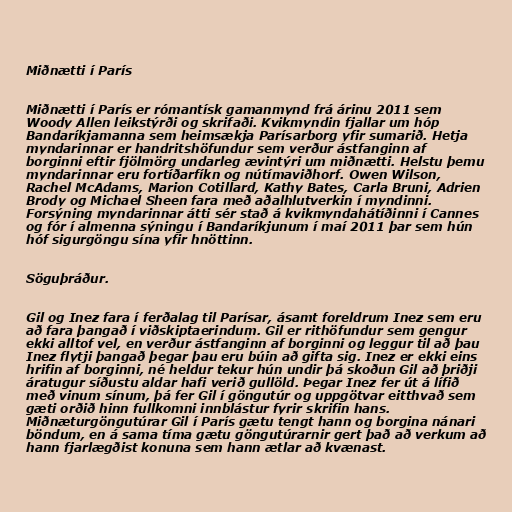
Miðnætti í París

Miðnætti í París er rómantísk gamanmynd frá árinu 2011 sem
Woody Allen leikstýrði og skrifaði. Kvikmyndin fjallar um hóp
Bandaríkjamanna sem heimsækja Parísarborg yfir sumarið. Hetja
myndarinnar er handritshöfundur sem verður ástfanginn af
borginni eftir fjölmörg undarleg ævintýri um miðnætti. Helstu þemu
myndarinnar eru fortíðarfíkn og nútímaviðhorf. Owen Wilson,
Rachel McAdams, Marion Cotillard, Kathy Bates, Carla Bruni, Adrien
Brody og Michael Sheen fara með aðalhlutverkin í myndinni.
Forsýning myndarinnar átti sér stað á kvikmyndahátíðinni í Cannes
og fór í almenna sýningu í Bandaríkjunum í maí 2011 þar sem hún
hóf sigurgöngu sína yfir hnöttinn.

Söguþráður.

Gil og Inez fara í ferðalag til Parísar, ásamt foreldrum Inez sem eru
að fara þangað í viðskiptaerindum. Gil er rithöfundur sem gengur
ekki alltof vel, en verður ástfanginn af borginni og leggur til að þau
Inez flytji þangað þegar þau eru búin að gifta sig. Inez er ekki eins
hrifin af borginni, né heldur tekur hún undir þá skoðun Gil að þriðji
áratugur síðustu aldar hafi verið gullöld. Þegar Inez fer út á lífið
með vinum sínum, þá fer Gil í göngutúr og uppgötvar eitthvað sem
gæti orðið hinn fullkomni innblástur fyrir skrifin hans.
Miðnæturgöngutúrar Gil í París gætu tengt hann og borgina nánari
böndum, en á sama tíma gætu göngutúrarnir gert það að verkum að
hann fjarlægðist konuna sem hann ætlar að kvænast.